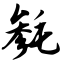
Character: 毵